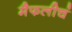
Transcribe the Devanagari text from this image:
मैफलीचं